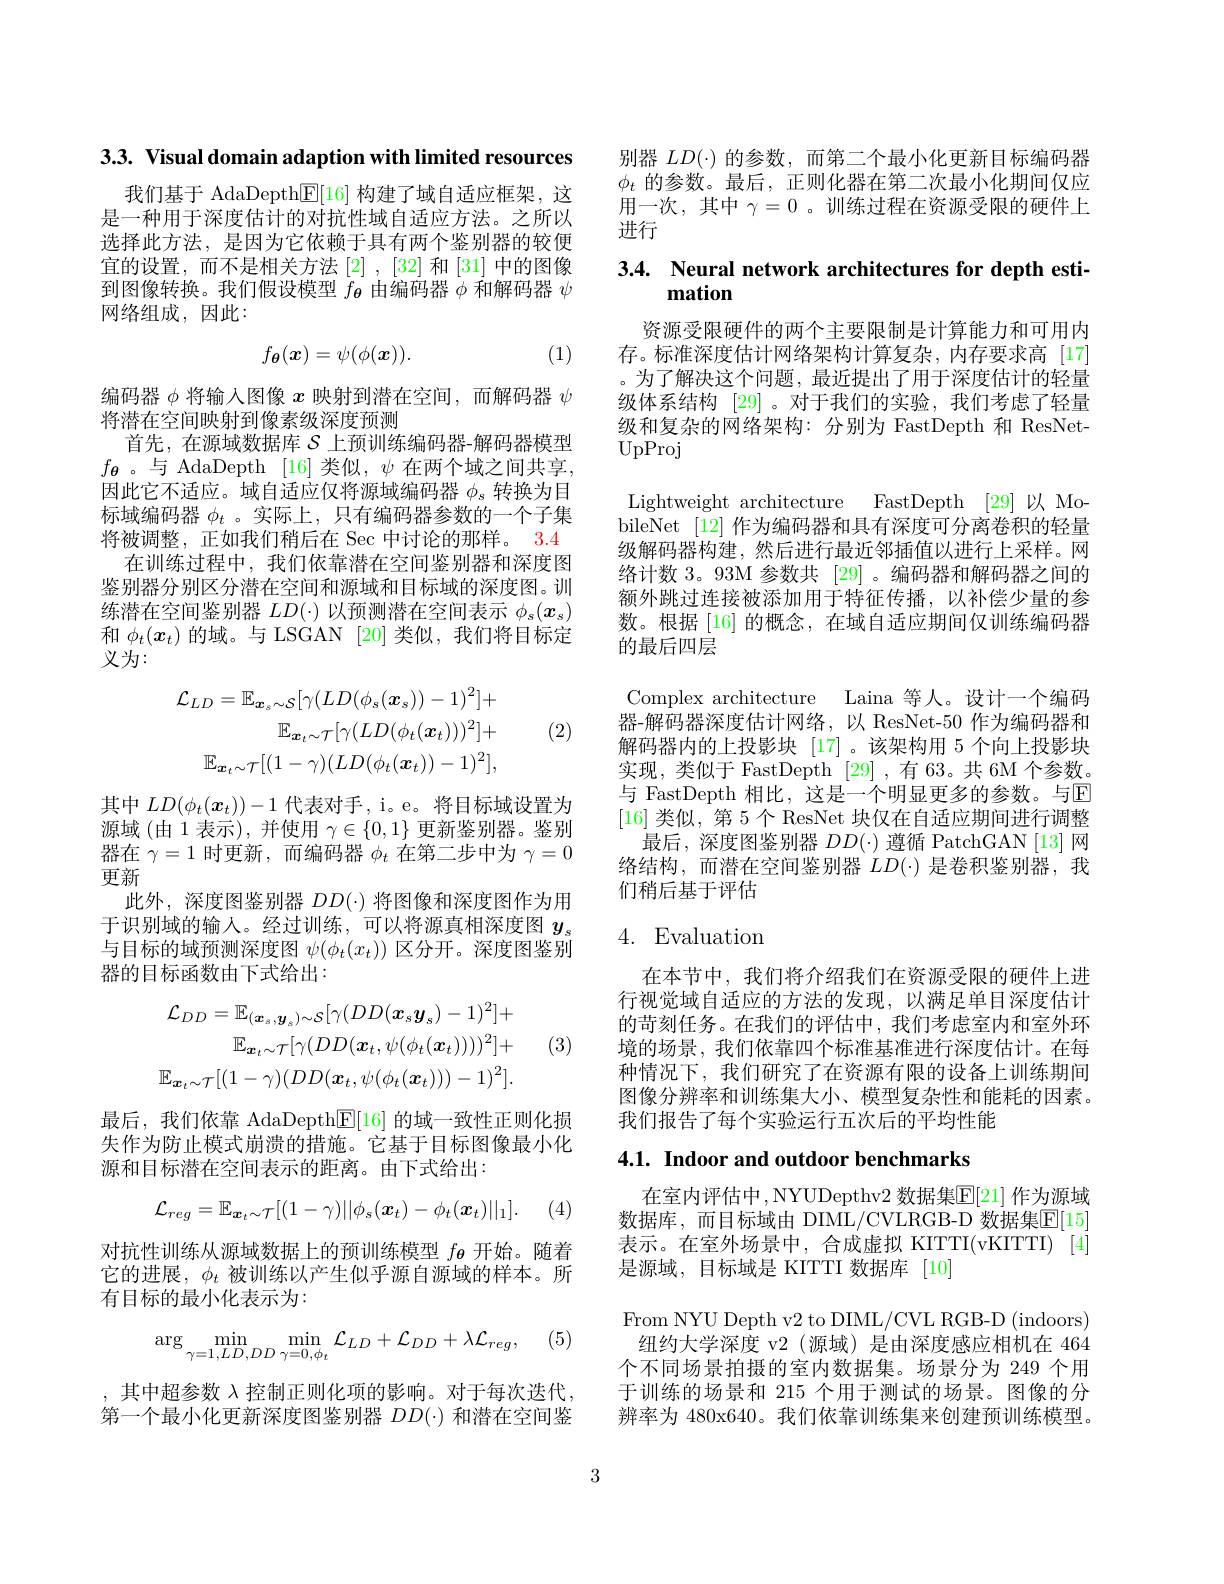
3.3. Visual domain adaption with limited resources

我们基于 AdaDepth$\boxed{\mathrm{F}}[16]$构建了域自适应框架，这是一种用于深度估计的对抗性域自适应方法。之所以选择此方法，是因为它依赖于具有两个鉴别器的较便宜的设置，而不是相关方法[2],[32] 和[31] 中的图像到图像转换。我们假设模型$f_{\boldsymbol{\theta}}$由编码器$\phi$和解码器$\psi$ 网络组成，因此：
$$f_{\theta}(\boldsymbol{x})=\psi(\phi(\boldsymbol{x})).$$
(1)

编码器$\phi$将输入图像$x$映射到潜在空间，而解码器$\psi$
将潜在空间映射到像素级深度预测
首先，在源域数据库$\mathcal{S}$上预训练编码器-解码器模型$f_{\boldsymbol{\theta}}$。与 AdaDepth [16]类似$,\psi$在两个域之间共享， 因此它不适应。域自适应仅将源域编码器$\phi_s$转换为目标域编码器$\phi_t$ 。实际上，只有编码器参数的一个子集将被调整，正如我们稍后在 Sec 中讨论的那样。3.4
在训练过程中，我们依靠潜在空间鉴别器和深度图鉴别器分别区分潜在空间和源域和目标域的深度图。训练潜在空间鉴别器$LD(\cdot)$以预测潜在空间表示$\phi_s(x_s)$ 和$\phi_t(x_t)$的域。与 LSGAN [20]类似，我们将目标定义为：
$$\mathcal{L}_{LD}=\mathbb{E}_{\boldsymbol{x}_{s}\sim\mathcal{S}}[\gamma(LD(\phi_{s}(\boldsymbol{x}_{s}))-1)^{2}]+\\\mathbb{E}_{\boldsymbol{x}_{t}\sim\mathcal{T}}[\gamma(LD(\phi_{t}(\boldsymbol{x}_{t})))^{2}]+\\\mathbb{E}_{\boldsymbol{x}_{t}\sim\mathcal{T}}[(1-\gamma)(LD(\phi_{t}(\boldsymbol{x}_{t}))-1)^{2}],$$
(2)

其中$LD(\phi_t(\boldsymbol{x}_t))-1$代表对手，i。e。将目标域设置为源域(由 1 表示), 并使用$\gamma\in\{0,1\}$更新鉴别器。鉴别器在$\gamma=1$时更新，而编码器$\phi_t$在第二步中为$\gamma=0$ 更新
此外，深度图鉴别器$DD(\cdot)$将图像和深度图作为用于识别域的输入。经过训练，可以将源真相深度图$y_\mathrm{s}$ 与目标的域预测深度图$\psi(\phi_t(x_t))$区分开。深度图鉴别器的目标函数由下式给出：
$$\mathcal{L}_{DD}=\mathbb{E}_{(\boldsymbol{x}_{s},\boldsymbol{y}_{s})\sim\mathcal{S}}[\gamma(DD(\boldsymbol{x}_{s}\boldsymbol{y}_{s})-1)^{2}]+\\\mathbb{E}_{\boldsymbol{x}_{t}\sim\mathcal{T}}[\gamma(DD(\boldsymbol{x}_{t},\psi(\phi_{t}(\boldsymbol{x}_{t}))))^{2}]+\\\mathbb{E}_{\boldsymbol{x}_{t}\sim\mathcal{T}}[(1-\gamma)(DD(\boldsymbol{x}_{t},\psi(\phi_{t}(\boldsymbol{x}_{t})))-1)^{2}].$$
(3)

最后，我们依靠 AdaDepth$\mathbb{E}[16]$的域一致性正则化损失作为防止模式崩溃的措施。它基于目标图像最小化源和目标潜在空间表示的距离。由下式给出：
$$\mathcal{L}_{reg}=\mathbb{E}_{\boldsymbol{x}_{t}\sim\mathcal{T}}[(1-\gamma)||\phi_{s}(\boldsymbol{x}_{t})-\phi_{t}(\boldsymbol{x}_{t})||_{1}].$$
(4)

对抗性训练从源域数据上的预训练模型$f_{\boldsymbol{\theta}}$开始。随着它的进展，$\phi_t$被训练以产生似乎源自源域的样本。所有目标的最小化表示为：

(5)
$$\arg\min_{\gamma=1,LD,DD}\min_{\gamma=0,\phi_{t}}\mathcal{L}_{LD}+\mathcal{L}_{DD}+\lambda\mathcal{L}_{reg},$$
,其中超参数$\lambda$控制正则化项的影响。对于每次迭代， 第一个最小化更新深度图鉴别器$DD(\cdot)$和潜在空间鉴

别器$LD(\cdot)$的参数，而第二个最小化更新目标编码器$\phi_t$的参数。最后，正则化器在第二次最小化期间仅应用一次，其中$\gamma=0$ 。训练过程在资源受限的硬件上进行

## 3.4. Neural network architectures for depth estimation

资源受限硬件的两个主要限制是计算能力和可用内存。标准深度估计网络架构计算复杂，内存要求高[17] 。为了解决这个问题，最近提出了用于深度估计的轻量级体系结构 [29] 。对于我们的实验，我们考虑了轻量级和复杂的网络架构：分别为 FastDepth 和 ResNetUpProj

Lightweight architecture FastDepth [29]以 MobileNet [12] 作为编码器和具有深度可分离卷积的轻量级解码器构建，然后进行最近邻插值以进行上采样。网络计数 3。93M 参数共 [29] 。编码器和解码器之间的额外跳过连接被添加用于特征传播，以补偿少量的参数。根据 [16] 的概念，在域自适应期间仅训练编码器的最后四层
Complex architecture Laina 等人。设计一个编码器-解码器深度估计网络，以 ResNet-50 作为编码器和解码器内的上投影块[17]。该架构用 5 个向上投影块实现，类似于 FastDepth [29] ,有 63。共 6M 个参数。与 FastDepth 相比，这是一个明显更多的参数。与E [16]类似，第 5 个 ResNet 块仅在自适应期间进行调整
最后，深度图鉴别器$DD(\cdot)$遵循 PatchGAN [13]网络结构，而潜在空间鉴别器$LD(\cdot)$是卷积鉴别器，我们稍后基于评估

## 4. Evaluation

在本节中，我们将介绍我们在资源受限的硬件上进行视觉域自适应的方法的发现，以满足单目深度估计的苛刻任务。在我们的评估中，我们考虑室内和室外环境的场景，我们依靠四个标准基准进行深度估计。在每种情况下，我们研究了在资源有限的设备上训练期间图像分辨率和训练集大小、模型复杂性和能耗的因素。我们报告了每个实验运行五次后的平均性能

## 4.1. Indoor and outdoor benchmarks

在室内评估中，NYUDepthv2 数据集$\mathbb{E}[21]$ 作为源域数据库，而目标域由 DIML/CVLRGB-D 数据集$\mathbb{E}[15]$ 表示。在室外场景中，合成虚拟 KITTI(vKITTI)[4] 是源域，目标域是 KITTI 数据库[10]

From NYU Depth v2 to DIML/CVL RGB-D (indoors) 纽约大学深度 v2(源域)是由深度感应相机在 464
个不同场景拍摄的室内数据集。场景分为 249 个用于训练的场景和 215 个用于测试的场景。图像的分辨率为 480x640。我们依靠训练集来创建预训练模型。

3